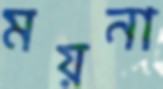
ময়না